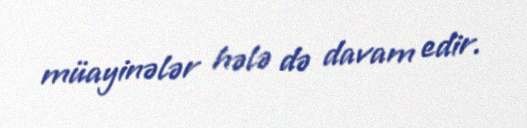
müayinələr hələ də davam edir.